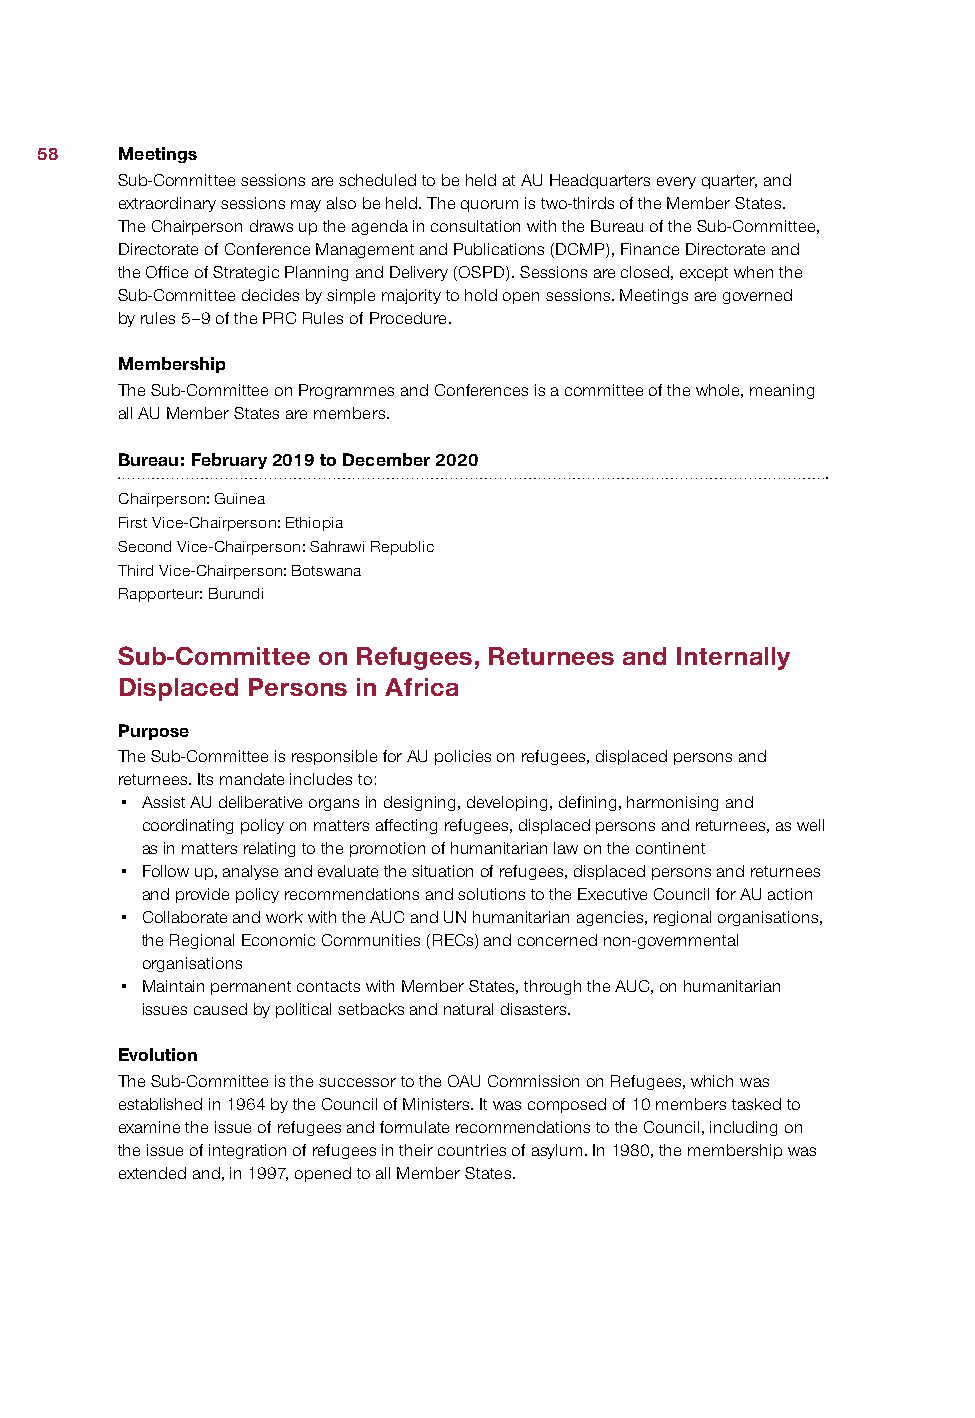
58    Meetings
 Sub-Committee sessions are scheduled to be held at AU Headquarters every quarter, and
 extraordinary sessions may also be held. The quorum is two-thirds of the Member States.
 The Chairperson draws up the agenda in consultation with the Bureau of the Sub-Committee,
 Directorate of Conference Management and Publications (DCMP), Finance Directorate and
 the Office of Strategic Planning and Delivery (OSPD). Sessions are closed, except when the
 Sub-Committee decides by simple majority to hold open sessions. Meetings are governed
 by rules 5–9 of the PRC Rules of Procedure.
 Membership
 The Sub-Committee on Programmes and Conferences is a committee of the whole, meaning
 all AU Member States are members.
 Bureau: February 2019 to December 2020
 Chairperson: Guinea
 First Vice-Chairperson: Ethiopia
 Second Vice-Chairperson: Sahrawi Republic
 Third Vice-Chairperson: Botswana
 Rapporteur: Burundi
 Sub-Committee on Refugees, Returnees and Internally
 Displaced Persons in Africa
 Purpose
 The Sub-Committee is responsible for AU policies on refugees, displaced persons and
 returnees. Its mandate includes to:
 • Assist AU deliberative organs in designing, developing, defining, harmonising and
 coordinating policy on matters affecting refugees, displaced persons and returnees, as well
 as in matters relating to the promotion of humanitarian law on the continent
 • Follow up, analyse and evaluate the situation of refugees, displaced persons and returnees
 and provide policy recommendations and solutions to the Executive Council for AU action
 • Collaborate and work with the AUC and UN humanitarian agencies, regional organisations,
 the Regional Economic Communities (RECs) and concerned non-governmental
 organisations
 • Maintain permanent contacts with Member States, through the AUC, on humanitarian
 issues caused by political setbacks and natural disasters.
 Evolution
 The Sub-Committee is the successor to the OAU Commission on Refugees, which was
 established in 1964 by the Council of Ministers. It was composed of 10 members tasked to
 examine the issue of refugees and formulate recommendations to the Council, including on
 the issue of integration of refugees in their countries of asylum. In 1980, the membership was
 extended and, in 1997, opened to all Member States.